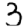
Digit: 3